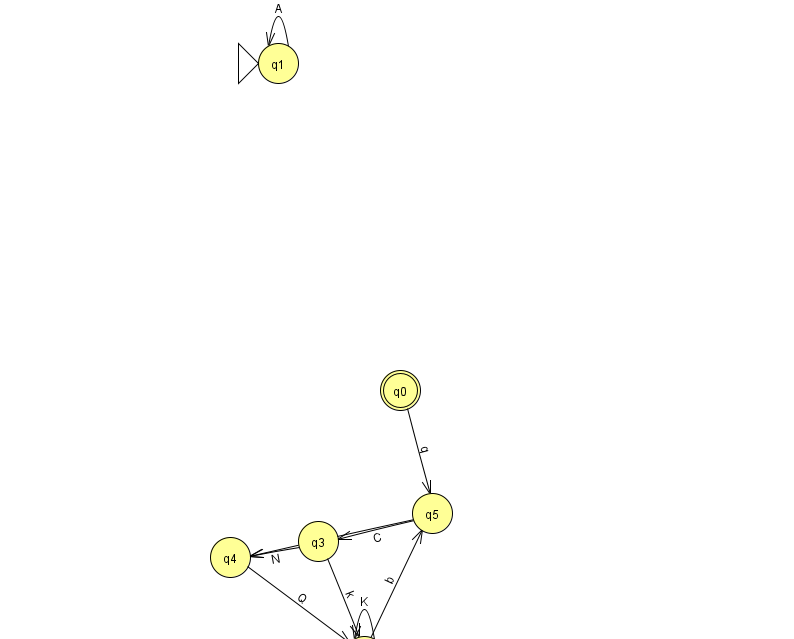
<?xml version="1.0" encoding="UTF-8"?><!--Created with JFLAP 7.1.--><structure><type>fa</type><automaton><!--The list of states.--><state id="0" name="q0"><x>400.0</x><y>377.0</y><final/></state><state id="1" name="q1"><x>278.0</x><y>50.0</y><initial/></state><state id="2" name="q2"><x>364.0</x><y>643.0</y></state><state id="3" name="q3"><x>318.0</x><y>528.0</y></state><state id="4" name="q4"><x>230.0</x><y>544.0</y></state><state id="5" name="q5"><x>432.0</x><y>500.0</y></state><!--The list of transitions.--><transition><from>1</from><to>1</to><read>A</read></transition><transition><from>4</from><to>2</to><read>Q</read></transition><transition><from>5</from><to>3</to><read>C</read></transition><transition><from>0</from><to>5</to><read>q</read></transition><transition><from>2</from><to>5</to><read>b</read></transition><transition><from>3</from><to>4</to><read>N</read></transition><transition><from>2</from><to>2</to><read>K</read></transition><transition><from>3</from><to>2</to><read>k</read></transition><transition><from>5</from><to>4</to><read>Y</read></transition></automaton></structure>